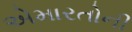
એમારતોની